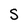
Character: S